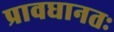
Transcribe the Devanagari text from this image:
प्रावधानतः